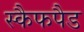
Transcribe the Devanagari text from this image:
स्कैफपैड